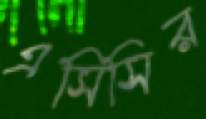
এসিসির